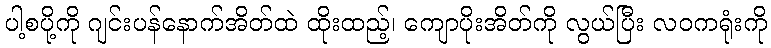
ပါ့စပို့ကို ဂျင်းပန်နောက်အိတ်ထဲ ထိုးထည့်၊ ကျောပိုးအိတ်ကို လွယ်ပြီး လဝကရုံးကို